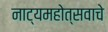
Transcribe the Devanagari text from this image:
नाट्यमहोत्सवाचे